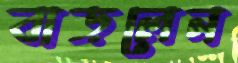
বাড়লেন